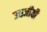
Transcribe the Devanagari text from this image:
उत्तजीवी